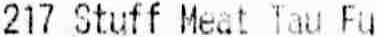
217 STUFF MEAT TAU FU